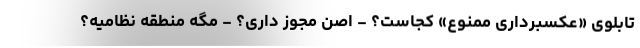
تابلوی «عکسبرداری ممنوع» کجاست؟ - اصن مجوز داری؟ - مگه منطقه نظامیه؟